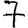
Digit: 7